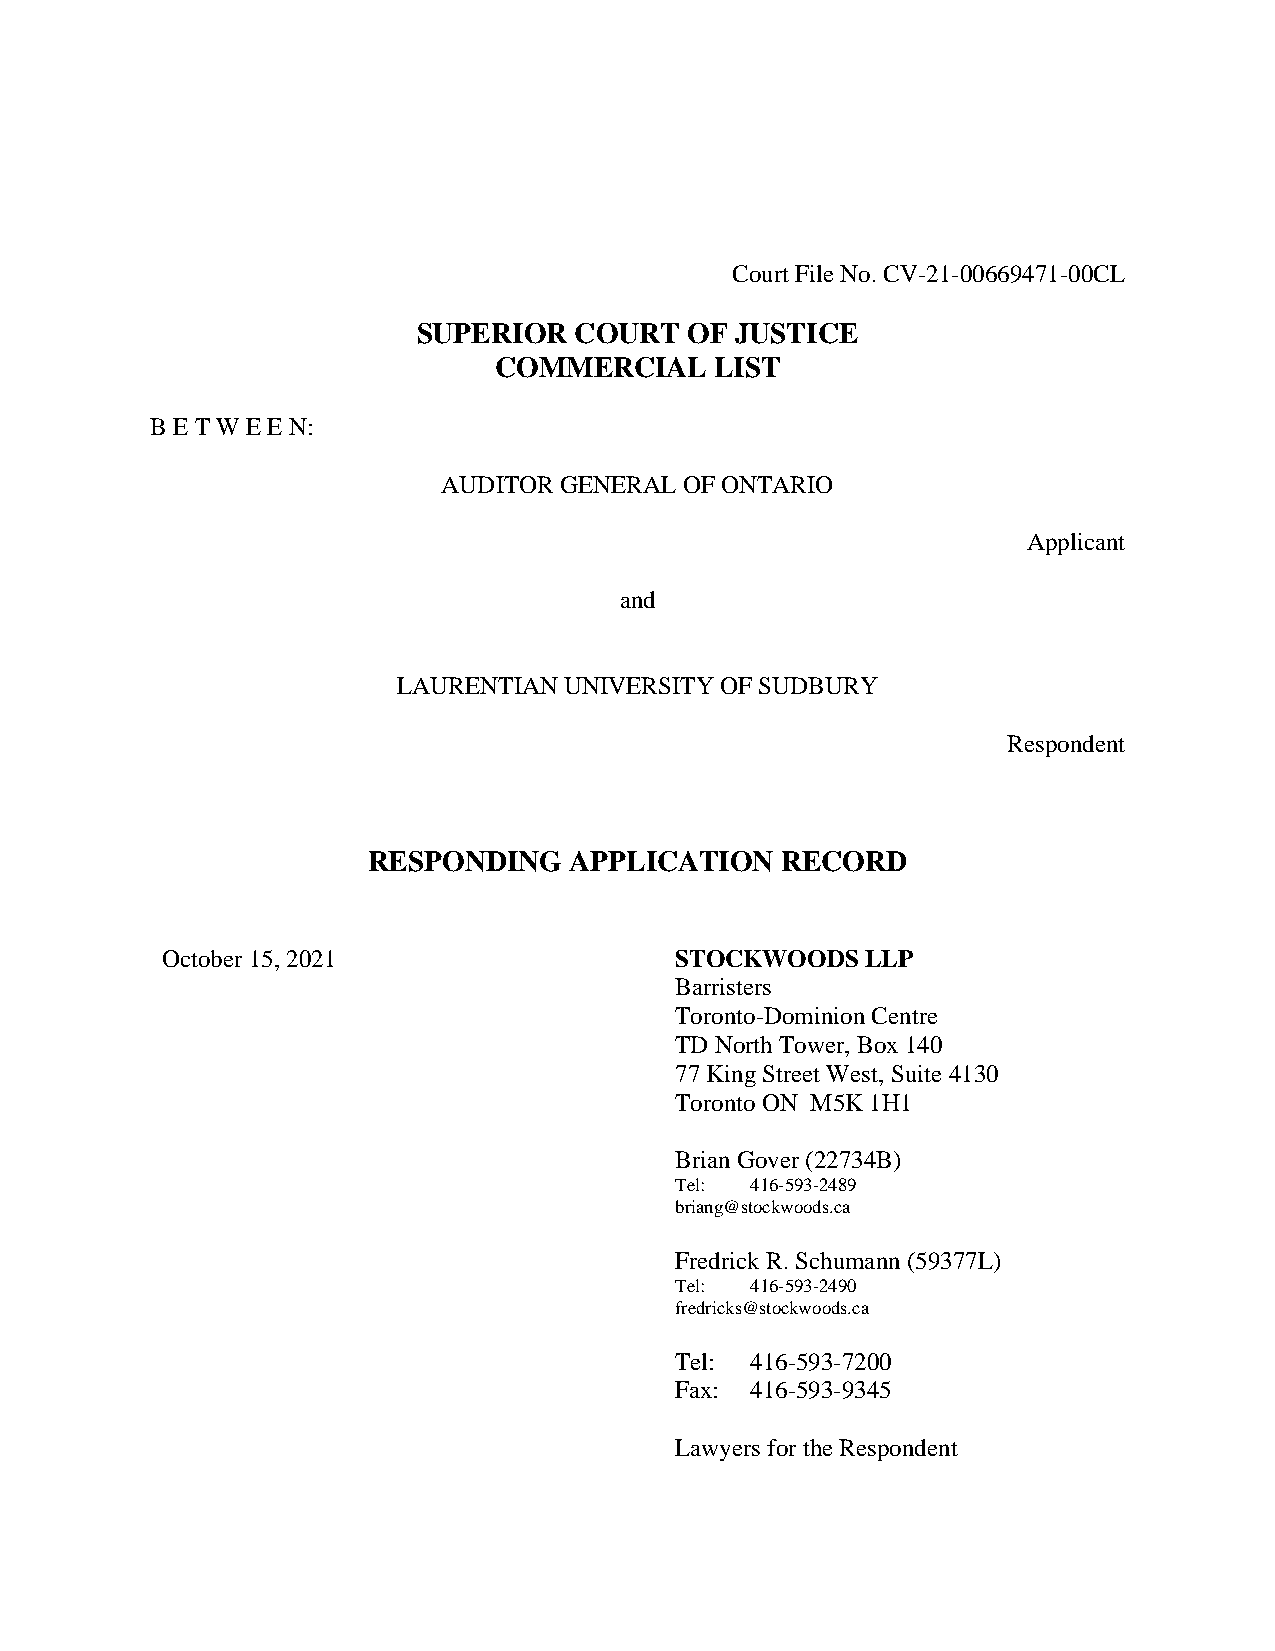
Court File No. CV-21-00669471-00CL
 SUPERIOR  COURT  OF  JUSTICE
 COMMERCIAL    LIST
 B E T W E E N:
 AUDITOR GENERAL OF ONTARIO
 Applicant
 and
 LAURENTIAN UNIVERSITY OF SUDBURY
 Respondent
 RESPONDING    APPLICATION   RECORD
 October 15, 2021                  STOCKWOODS  LLP
 Barristers
 Toronto-Dominion Centre
 TD North Tower, Box 140
 77 King Street West, Suite 4130
 Toronto ON M5K 1H1
 Brian Gover (22734B)
 Tel: 416-593-2489
 briang@stockwoods.ca
 Fredrick R. Schumann (59377L)
 Tel: 416-593-2490
 fredricks@stockwoods.ca
 Tel: 416-593-7200
 Fax: 416-593-9345
 Lawyers for the Respondent